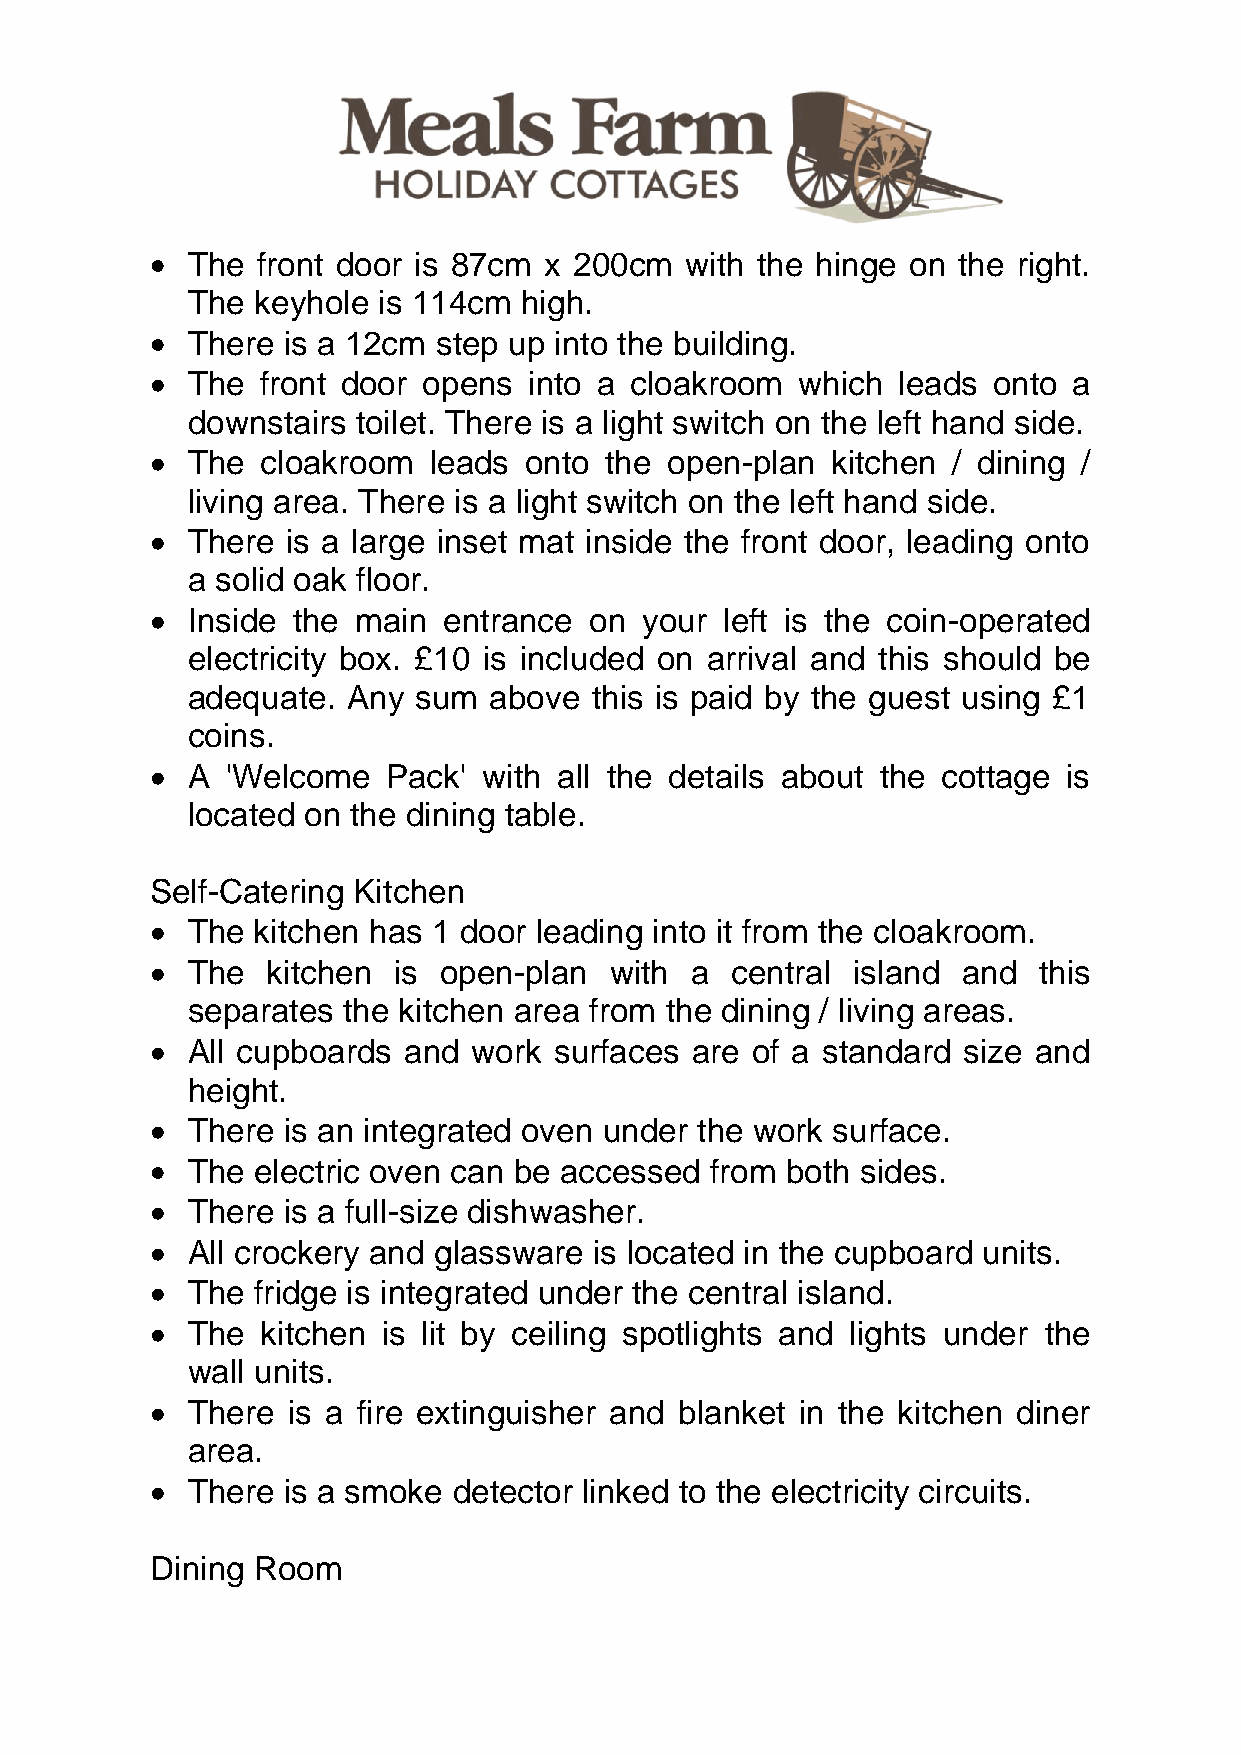
The  front door is 87cm x 200cm  with the hinge on the right.
 The  keyhole is 114cm high.
 There  is a 12cm step up into the building.
 The  front door opens  into a cloakroom  which leads  onto a
 downstairs  toilet. There is a light switch on the left hand side.
 The  cloakroom  leads  onto the open-plan  kitchen / dining /
 living area. There is a light switch on the left hand side.
 There  is a large inset mat inside the front door, leading onto
 a solid oak floor.
 Inside the main  entrance  on  your left is the coin-operated
 electricity box. £10 is included on arrival and this should be
 adequate.  Any  sum above  this is paid by the guest using £1
 coins.
 A  'Welcome   Pack' with all the details about the cottage is
 located on the dining table.
 Self-Catering Kitchen
 The  kitchen has 1 door leading into it from the cloakroom.
 The   kitchen is open-plan  with  a central island  and  this
 separates  the kitchen area from the dining / living areas.
 All cupboards  and work  surfaces are of a standard size and
 height.
 There  is an integrated oven under the work surface.
 The  electric oven can be accessed from both sides.
 There  is a full-size dishwasher.
 All crockery and glassware is located in the cupboard units.
 The  fridge is integrated under the central island.
 The  kitchen is lit by ceiling spotlights and lights under the
 wall units.
 There  is a fire extinguisher and blanket in the kitchen diner
 area.
 There  is a smoke detector linked to the electricity circuits.
 Dining Room